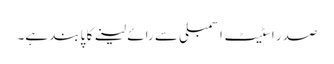
صدر اسٹیٹ اسمبلی سے رائے لینے کا پابند ہے۔